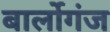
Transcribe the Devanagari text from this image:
बार्लोगंज